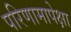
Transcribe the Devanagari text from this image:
परिणामापेक्षा